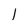
Character: 1